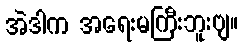
အဲဒါက အရေးမကြီးဘူးဗျ။